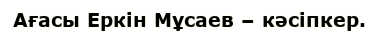
Ағасы Еркін Мұсаев – кәсіпкер.